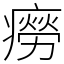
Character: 癆